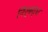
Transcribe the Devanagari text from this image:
निर्बद्ध